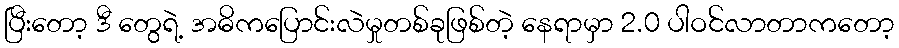
ပြီးတော့ ဒီ တွေရဲ့ အဓိကပြောင်းလဲမှုတစ်ခုဖြစ်တဲ့ နေရာမှာ 2.0 ပါဝင်လာတာကတော့